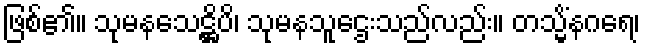
ဖြစ်၏။ သုမနသေဋ္ဌိပိ၊ သုမနသူဌေးသည်လည်း။ တသ္မိံနဂရေ၊